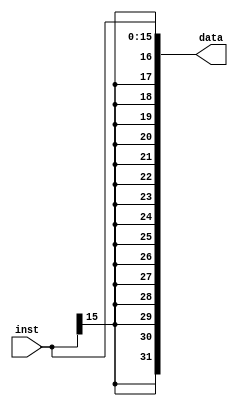
`timescale 1ns / 1ps
//////////////////////////////////////////////////////////////////////////////////
// Company: 
// Engineer: 
// 
// Design Name: 
// Module Name: sign_extender
// Project Name: 
// Target Devices: 
// Tool Versions: 
// Description: 
// 
// Dependencies: 
// 
// Revision:
// Revision 0.01 - File Created
// Additional Comments:
// 
//////////////////////////////////////////////////////////////////////////////////


module sign_extender
              #(
                parameter from = 16,
                parameter to = 32
              )
              (
                input  [from-1:0] inst,
                output [to-1  :0] data
              );
    genvar i;

    assign data[from-1:0] = inst[from-1:0];
    
    for(i = from; i < to; i = i + 1) begin
      assign data[i] = inst[from-1];
    end
endmodule